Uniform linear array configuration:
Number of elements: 4
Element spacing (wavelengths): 0.25
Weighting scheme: cosine
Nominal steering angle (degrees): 30
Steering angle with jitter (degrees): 29.144
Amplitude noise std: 0.05
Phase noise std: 0.05

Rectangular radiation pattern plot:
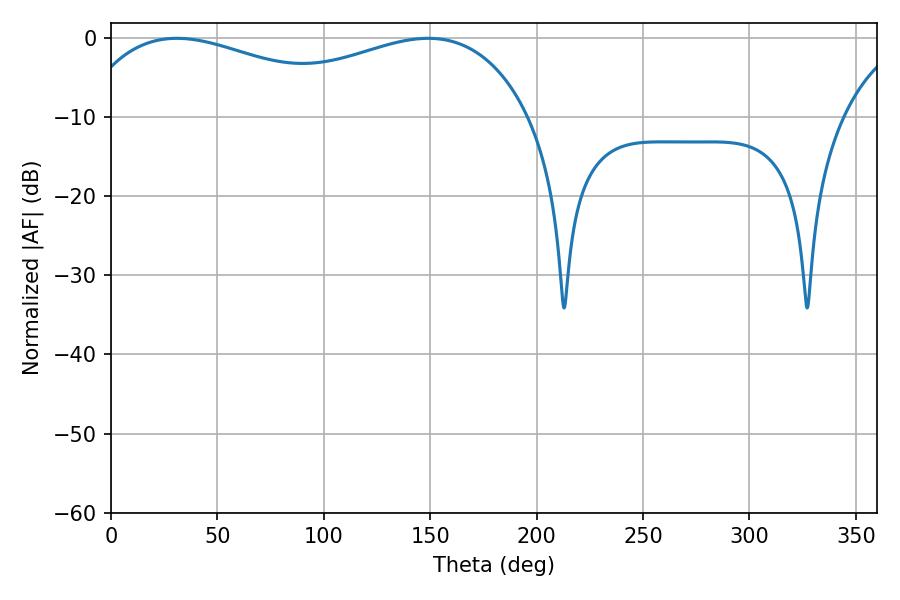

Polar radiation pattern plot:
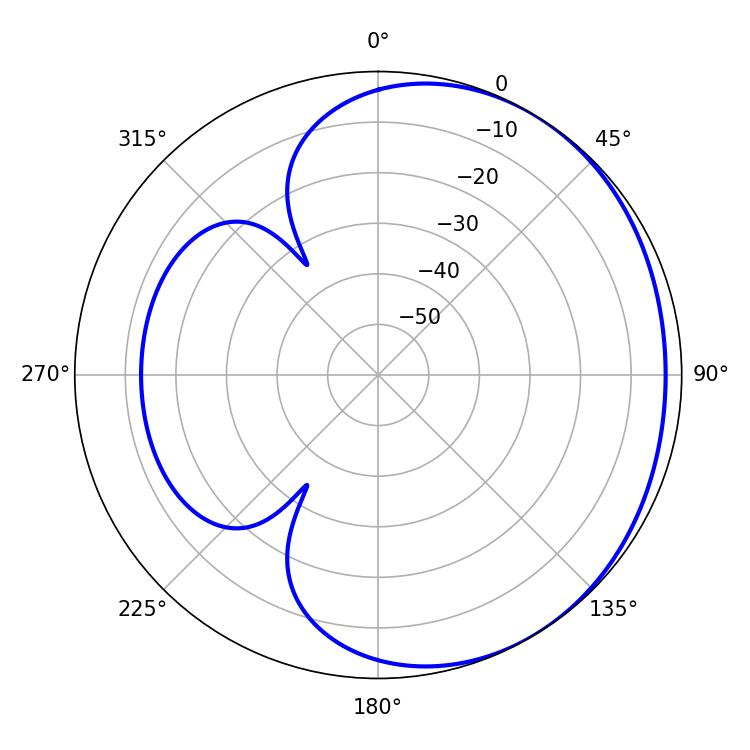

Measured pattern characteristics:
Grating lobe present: FALSE
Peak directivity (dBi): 1.749
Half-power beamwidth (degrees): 78.48
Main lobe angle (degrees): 30.96